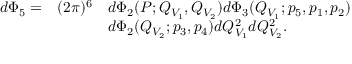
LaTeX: \begin{array} { l l l } { { d \Phi _ { 5 } = } } & { { ( 2 \pi ) ^ { 6 } } } & { { d \Phi _ { 2 } ( P ; Q _ { V _ { 1 } } , Q _ { V _ { 2 } } ) d \Phi _ { 3 } ( Q _ { V _ { 1 } } ; p _ { 5 } , p _ { 1 } , p _ { 2 } ) } } \\ { { } } & { { } } & { { d \Phi _ { 2 } ( Q _ { V _ { 2 } } ; p _ { 3 } , p _ { 4 } ) d Q _ { V _ { 1 } } ^ { 2 } d Q _ { V _ { 2 } } ^ { 2 } . } } \end{array}